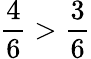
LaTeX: {\frac{4}{6}}>{\frac{3}{6}}